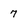
Character: 7